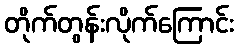
တိုက်တွန်းလိုက်ကြောင်း